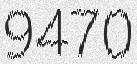
9470